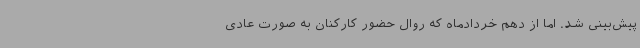
پیش‌بینی شد. اما از دهم خردادماه که روال حضور کارکنان به صورت عادی